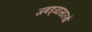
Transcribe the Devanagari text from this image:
जबड्यासारखे